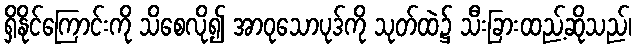
ရှိနိုင်ကြောင်းကို သိစေလို၍ အာဝုသောပုဒ်ကို သုတ်ထဲ၌ သီးခြားထည့်ဆိုသည်၊